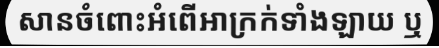
សានចំពោះអំពើអាក្រក់ទាំងឡាយ ឬ